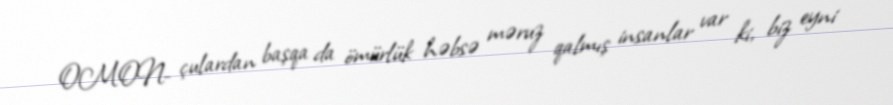
OMON- çulardan başqa da ömürlük həbsə məruz qalmış insanlar var ki, biz eyni